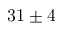
3 1 \pm 4